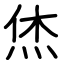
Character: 烋